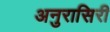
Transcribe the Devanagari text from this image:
अनुरासिरी